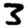
Digit: 3